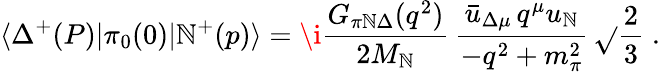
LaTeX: \langle\Delta^{+}(P)|\pi_{0}(0)|\mathbb{N}^{+}(p)\rangle=\i{\frac{{G_{\pi\mathrm{{\mathbb{N}}}\Delta}(q^{2})}}{{2M_{\mathbb{N}}}}}\, {\frac{{\bar{{u}}_{\Delta\mu}\, q^{\mu}u_{\mathbb{N}}}}{{-q^{2}+m_{\pi}^{2}}}}\, \sqrt{}{{\frac{{2}}{{3}}}}\; .